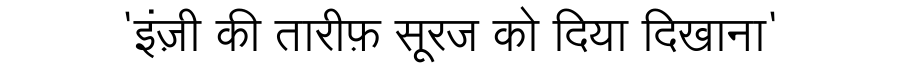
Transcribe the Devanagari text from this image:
'इंज़ी की तारीफ़ सूरज को दिया दिखाना'